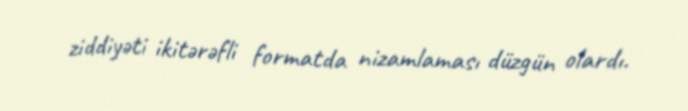
ziddiyəti ikitərəfli formatda nizamlaması düzgün olardı.